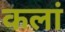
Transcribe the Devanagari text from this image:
कलां